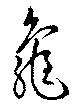
亀